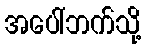
အပေါ်ဘက်သို့